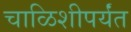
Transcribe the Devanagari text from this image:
चाळिशीपर्यंत